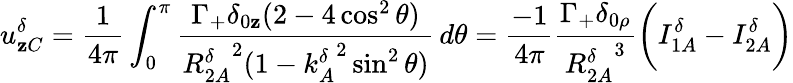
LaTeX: u_{\mathbf{z}C}^{\delta}=\frac{{1}}{{4\pi}}\int_{0}^{\pi}\frac{{\Gamma_{+}\delta_{0\mathbf{z}}(2-4\cos^{2}\theta)}}{{{R_{2A}^{\delta}}^{2}(1-{k_{A}^{\delta}}^{2}\sin^{2}\theta)}}\, d\theta=\frac{{-1}}{{4\pi}}\frac{{\Gamma_{+}\delta_{0\rho}}}{{{R_{2A}^{\delta}}^{3}}}\bigg(I_{1A}^{\delta}-I_{2A}^{\delta}\bigg)